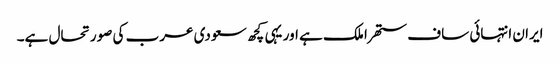
ایران انتہائی ساف ستھرا ملک ہے اور یہی کچھ سعودی عرب کی صورتحال ہے۔